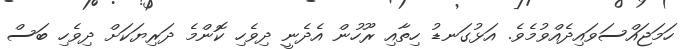
ހަމަޖައްސަވައިދެއްވުމެވެ. އަޅުގަނޑު ހިތާއި ރޫހުން އެދެނީ ދިވެހި ކޮންމެ ދަރިޔަކަށް ދިވެހި ބަސް